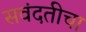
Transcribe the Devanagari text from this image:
सवंदतीचा